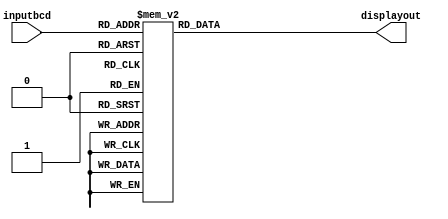


// http://www.lti-systems.com/verilog_03.html

// altera seven seg is logic low.

module sevenseg(displayout,inputbcd);

output [6:0] displayout;
input  [3:0] inputbcd;

reg    [6:0] displayout;      //latch the outputs


parameter bit0 = 7'b0000001;
parameter bit1 = 7'b0000010;
parameter bit2 = 7'b0000100;
parameter bit3 = 7'b0001000;
parameter bit4 = 7'b0010000;
parameter bit5 = 7'b0100000;
parameter bit6 = 7'b1000000;

parameter zero  = ~(bit0 | bit1 | bit2 | bit3 | bit4 | bit5);
parameter one   = ~(bit1 | bit2);
parameter two   = ~(bit0 | bit1 | bit3 | bit4 | bit6);
parameter three = ~(bit0 | bit1 | bit2 | bit3 | bit6);
parameter four  = ~(bit1 | bit2 | bit5 | bit6);
parameter five  = ~(bit0 | bit2 | bit3 | bit5 | bit6);
parameter six   = ~(bit0 | bit2 | bit3 | bit4 | bit5 | bit6);
parameter seven = ~(bit0 | bit1 | bit2);
parameter eight = ~(bit0 | bit1 | bit2 | bit3 | bit4 | bit5 | bit6);
parameter nine  = ~(bit0 | bit1 | bit2 | bit5 | bit6);
parameter blank = ~(7'd0);

always @ (inputbcd)

case (inputbcd)
0:   displayout = zero;
1:   displayout = one;
2:   displayout = two;
3:   displayout = three;
4:   displayout = four;
5:   displayout = five;
6:   displayout = six;
7:   displayout = seven;
8:   displayout = eight;
9:   displayout = nine;

default: displayout = blank;
endcase
   
endmodule